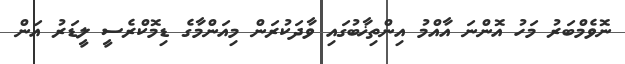
ނޮވެމްބަރު މަހު އޮންނަ އާއްމު އިންތިޚާބުގައި ވާދަކުރަން މިއަންމާގެ ޑިމޮކްރެސީ ލީޑަރު އަން